Report on vaccination in Madras 1895-1903 - 1895-1903
Year: 1895
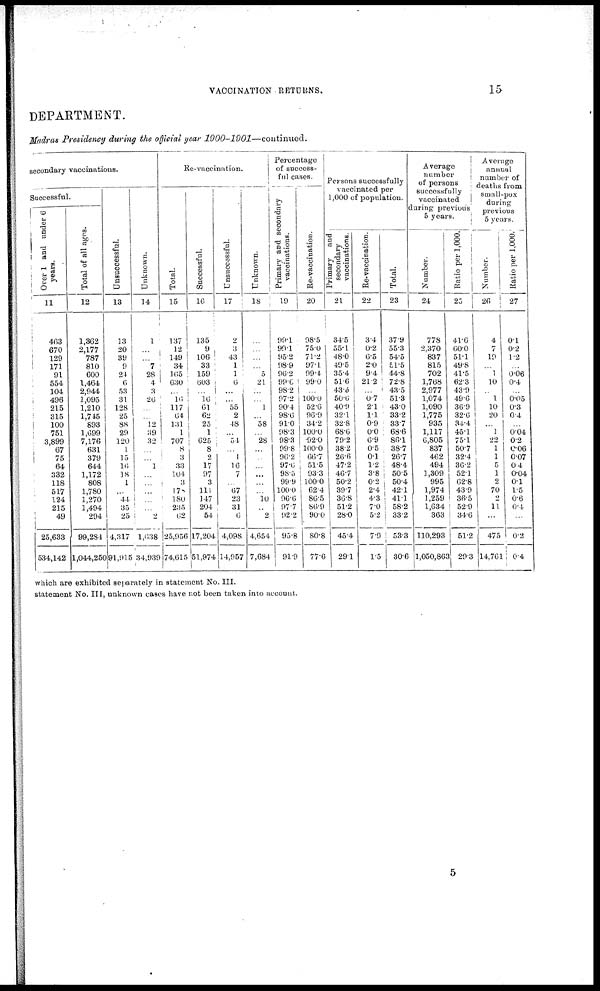
VACCINATION RETURNS.
15
DEPARTMENT.
Madras Presidency during the official year
1900-1901—continued.
secondary vaccinations.
Successful.
Over 1 and under 6
years.
11
463
670
129
171
91
554
104
496
215
315
100
751
3,899
67
75
64
332
118
517
124
215
49
25,633
534,142
Total of all ages.
12
1,362
2,177
787
810
600
1,464
2,944
1,095
1,210
1,745
893
1,699
7,176
631
379
644
1,172
808
1,780
1,270
1,494
294
99,284
1,044,250
Unsuccessful.
13
13
20
39
9
24
6
53
31
128
25
88
29
120
1
15
10
18
1
...
44
35
25
4,317
91,915
Unknown.
14
1
...
...
7
28
4
3
26
...
...
12
39
32
...
...
1
...
...
...
...
...
2
1,638
34,939
Re-vaccination.
Total.
15
137
12
149
34
165
630
...
16
117
64
131
1
707
8
3
33
104
3
17
180
235
62
25,956
74,615
Successful.
16
135
9
106
33
159
603
...
16
61
62
25
1
625
8
2
17
97
3
111
147
204
54
17,204
51,974
Unsuccessful.
17
2
3
43
1
1
6
...
...
55
2
48
...
54
...
1
16
7
...
67
23
31
6
4,098
14,957
Unknown.
18
...
...
...
...
5
21
...
...
1
...
58
...
28
...
...
...
...
...
...
10
...
2
4,654
7,684
Percentage
of success-
ful cases.
Primary and secondary
vaccinations.
19
99.1
99.1
95.2
98.9
96.2
99.6
98.2
97.2
90.4
98.6
91.0
98.3
98.3
99.8
96.2
97.6
98.5
99.9
100.0
96.6
97.7
92.2
95.8
91.9
Re-vaccination.
20
98.5
75.0
71.2
97.1
99.4
99.0
...
100.0
52.6
96.9
34.2
100.0
92.0
100.0
66.7
51.5
93.3
100.0
62.4
86.5
86.9
90.0
80.8
77.6
Persons successfully
vaccinated per
1,000 of population.
Primary and
secondary
vaccinations.
21
34.5
55.1
48.0
49.5
35.4
51.6
43.5
50.6
40.9
32.1
32.8
68.6
79.2
38.2
26.6
47.2
46.7
50.2
39.7
36.8
51.2
28.0
45.4
29.1
Re-vaccination.
22
3.4
0.2
6.5
2.0
9.4
21.2
...
0.7
2.1
1.1
0.9
0.0
6.9
0.5
0.1
1.2
3.8
0.2
2.4
4.3
7.0
5.2
7.9
1.5
Total.
23
37.9
55.3
54.5
51.5
44.8
72.8
43.5
51.3
43.0
33.2
33.7
68.6
86.1
38.7
26.7
48.4
50.5
50.4
42.1
41.1
58.2
33.2
53.3
30.6
Average
number
of persons
successfully
vaccinated
during previous
5 years.
Number.
24
778
2,370
837
815
702
1,768
2,977
1,074
1,090
1,775
935
1,117
6,805
837
462
494
1,309
995
1,974
1,259
1,634
363
110,293
1,050,863
Ratio per 1,000.
25
41.6
60.0
51.1
49.8
41.5
62.3
43.9
49.5
36.9
32.6
34.4
45.1
75.1
50.7
32.4
36.2
52.1
62.8
43.9
36.5
52.9
346
51.2
29.3
Average
annual
number of
deaths from
small-pox
during
previous
5 years.
Number.
26
4
7
19
...
1
10
...
1
10
20
...
1
22
1
1
5
1
2
70
2
11
...
475
14,761
Ratio per 1,000.
27
0.1
0.2
1.2
...
0.06
0.4
...
0.05
0.3
0.4
...
0.04
0.2
0.06
0.07
0.4
0.04
0.1
1.5
0.6
0.4
...
0.2
0.4
which are exhibited separately in statement No. III.
statement No. III, unknown cases have not been taken into account.
5